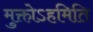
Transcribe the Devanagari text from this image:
मुक्तोऽहमिति